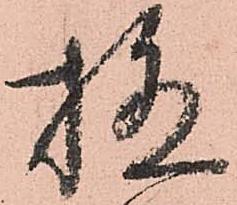
極